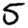
Digit: 5